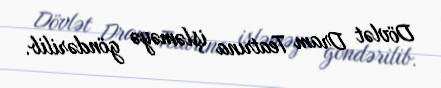
Dövlət Dram Teatrına işləməyə göndərilib.